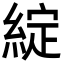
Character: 綻